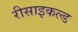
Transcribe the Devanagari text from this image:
रीसाइकल्ड